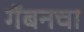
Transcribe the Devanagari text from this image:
गॅबनचा